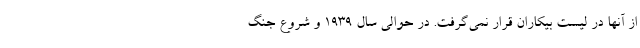
از آنها در لیست بیکاران قرار نمی‌گرفت. در حوالی سال 1939 و شروع جنگ